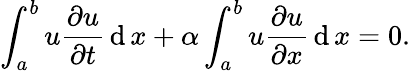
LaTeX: \int_{a}^{b}u{\frac{\partial u}{\partial t}}\operatorname{d}x+\alpha\int_{a}^{b}u{\frac{\partial u}{\partial x}}\operatorname{d}x=0.